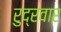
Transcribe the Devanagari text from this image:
रुद्रवार